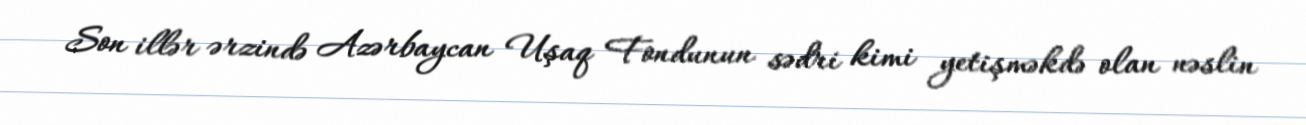
Son illər ərzində Azərbaycan Uşaq Fondunun sədri kimi yetişməkdə olan nəslin